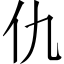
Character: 仇